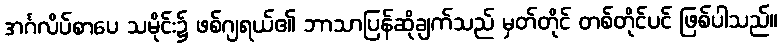
အင်္ဂလိပ်စာပေ သမိုင်း၌ ဖစ်ဂျရယ်၏ ဘာသာပြန်ဆိုချက်သည် မှတ်တိုင် တစ်တိုင်ပင် ဖြစ်ပါသည်။